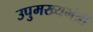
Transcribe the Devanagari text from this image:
उपुमख्यमंत्री